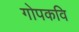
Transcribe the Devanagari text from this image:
गोपकवि